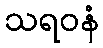
သရဝနံ